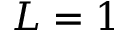
L = 1